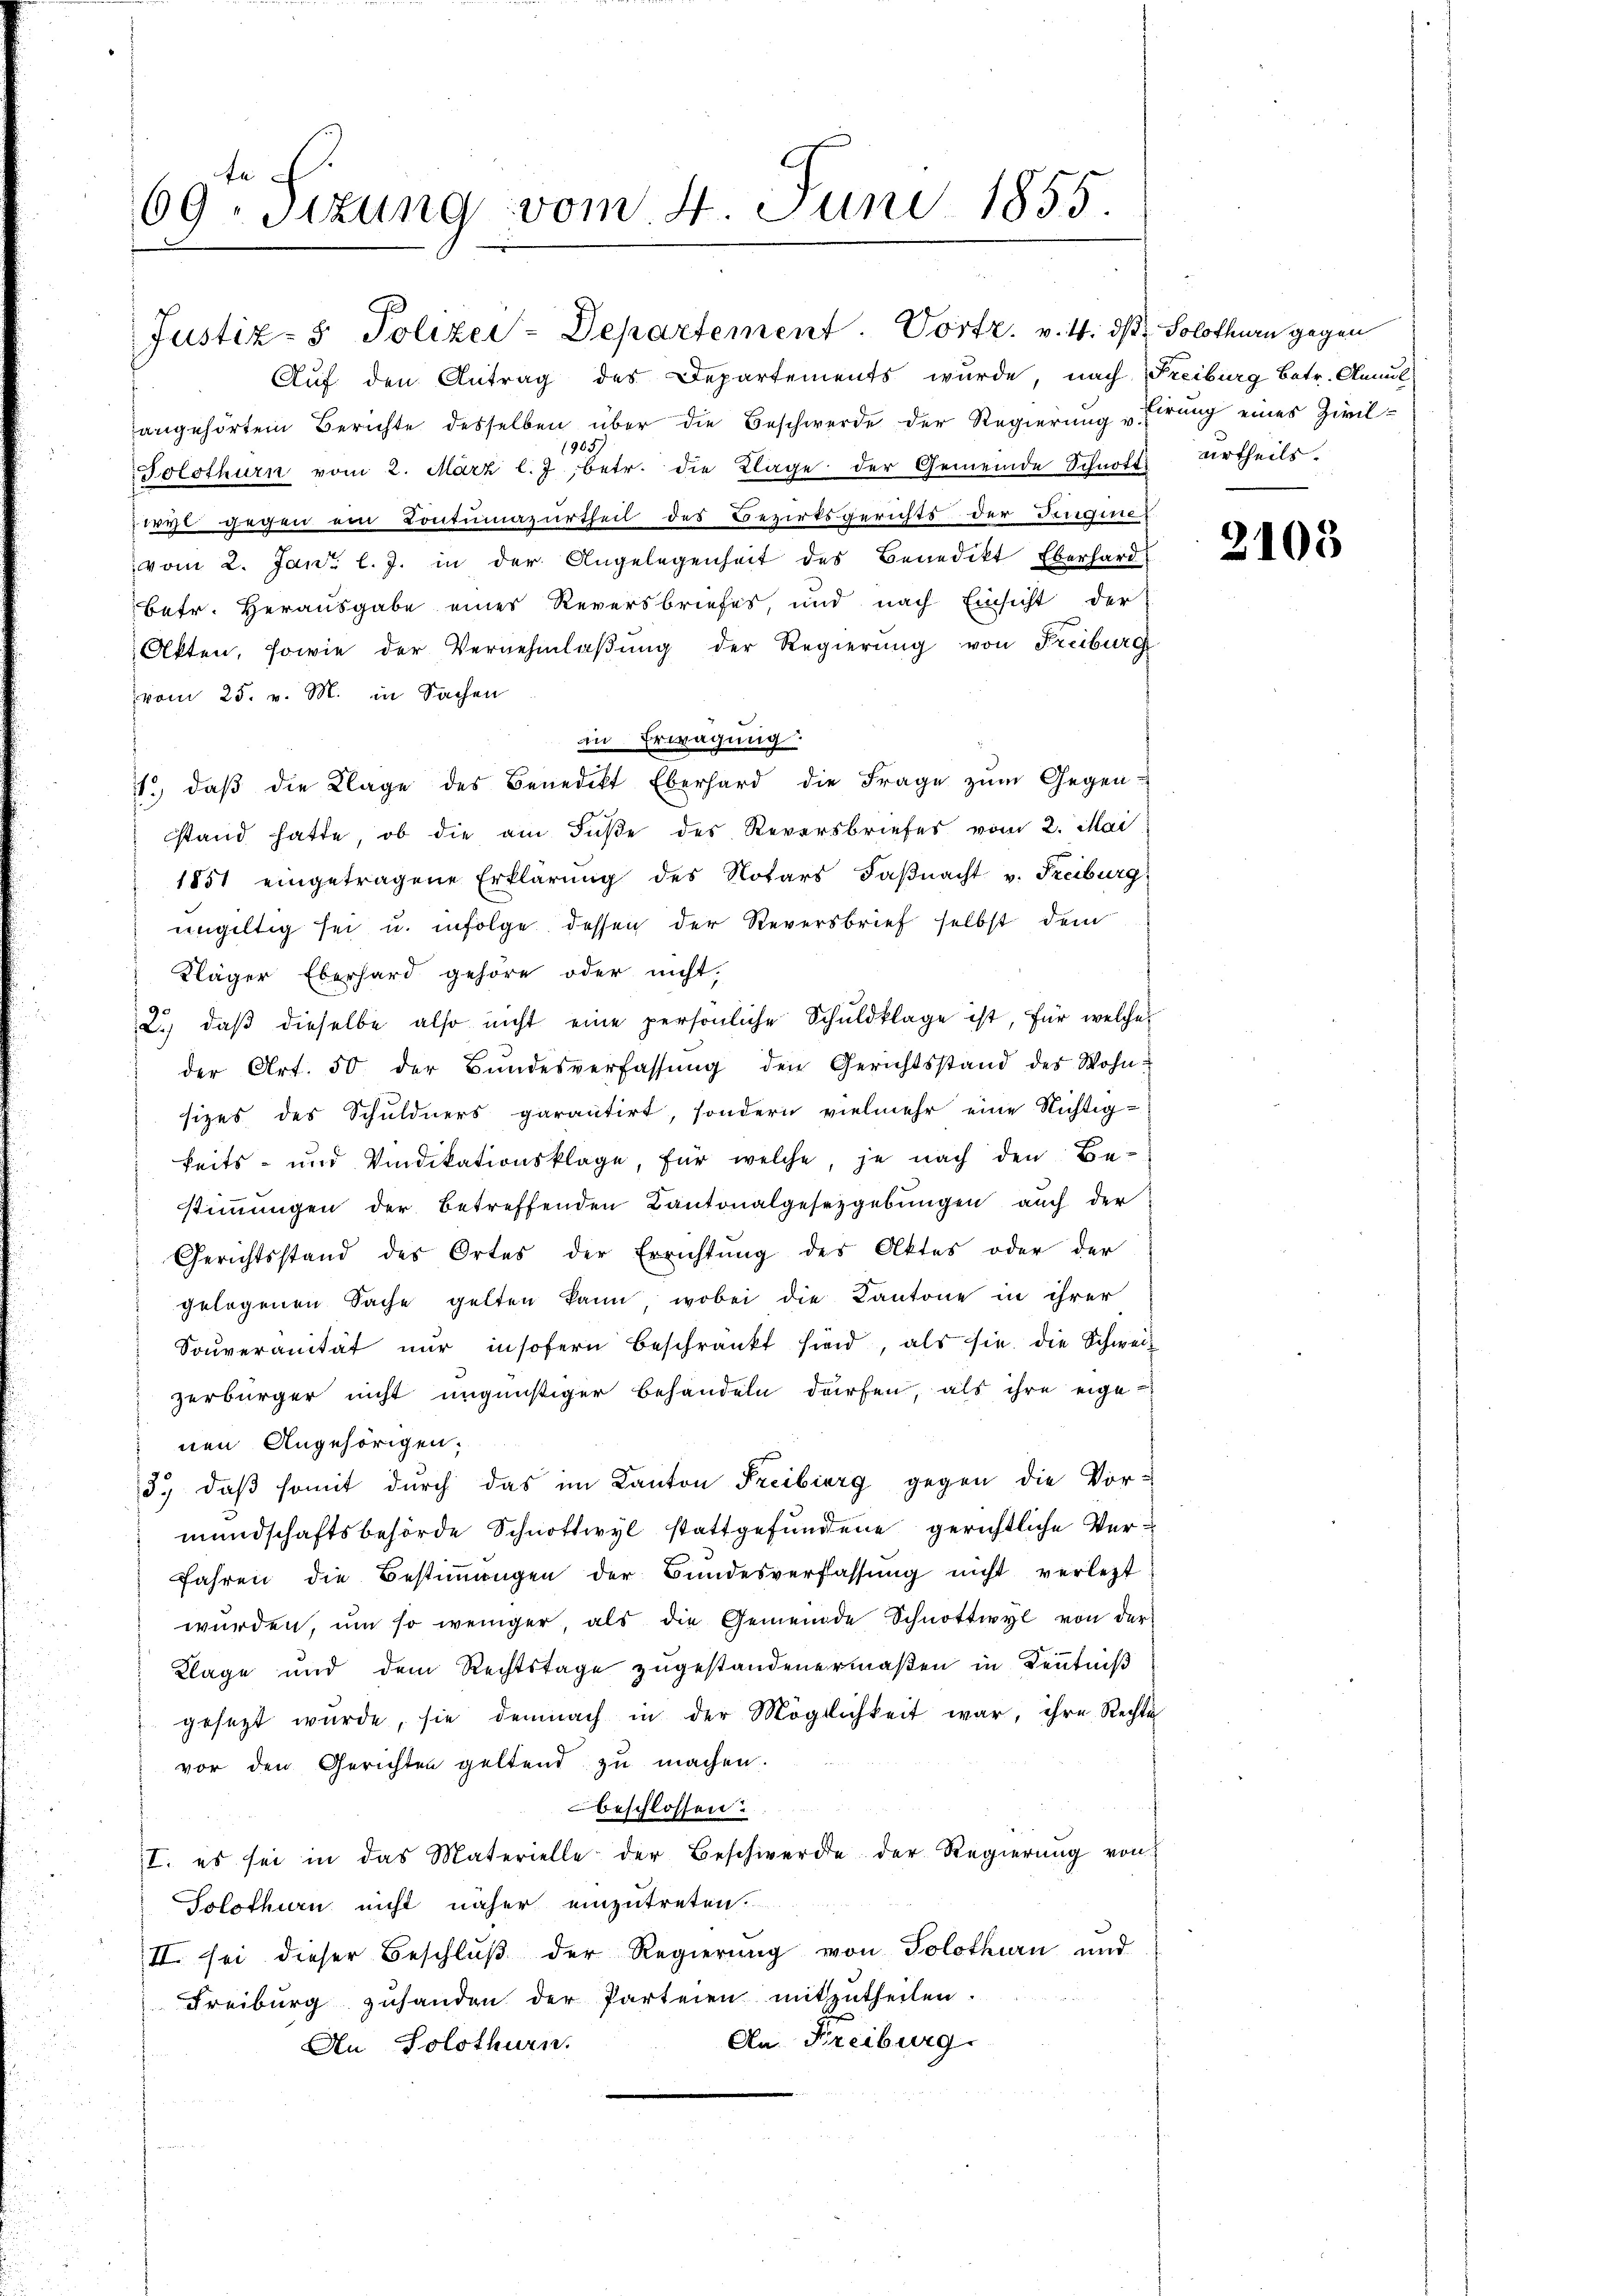
fe
69. Sizung vom 4. Juni 1855.

Justiz- & Polizei-Departement. Vortr. v. 4. ds. Solothurn gegen
Auf den Antrag des Departements wurde, nach Freiburg betr. Annul
angehörtem Berichte desselben über die Beschwerde der Regierung "Eirung eines Zivil¬
1905
Solothurn vom 2. März l. J. betr. die Klage der Gemeinde Schnott Urtheils-
irgt gegen ein Contumazurtheil des Bezirksgerichts der Sengier
vom 2. Jan. l. J. in der Angelegenheit des Benedikt Eberhard
betr. Herausgabe eines Reversbriefes, und nach Einsicht der
Akten, sowie der Vernehmlaßung der Regierung von Freiburg
vom 25. v. M. in Sachen
in Erwägung.
1.) daß die Klage des Benedikt Eberhard die Frage zum Gegen-
stand hatte, ob die am Fuße des Reversbriefes vom 2. Mai
1851 eingetragene Erklärung des Notars Faßnacht v. Freiburg
ungültig sei u. infolge dessen der Reversbrief selbst dem
Kläger Eberhard gehöre oder nicht.
2. daβ dieselbe also nicht eine persönliche Schuldklage ist, für welche
der Art. 50 der Bŭndesverfassŭng den Gerichtsstand des Wohnsizes des Schuldners garantirt, sondern vielmehr eine Nichtig-
keits- und Vindikationsklage, für welche, je nach den Bestiṁŭngen der betreffenden Kantonalgesetzgebŭngen auch der
Gerichtsstand des Ortes der Errichtung des Aktes oder der
gelogenen Sache gelten kann, wobei die Kantone in ihrer
Soŭveranität nŭr insofern beschränkt sind, als sie die Schweiz
zerbürger nicht ungünstiger Behandeln dürfen, als ihre eigenen Angehörigen;
3., daß somit durch das im Kanton Freiberg gegen die Vor-
mundschaftsbehörde Schnottwyl stattgefundene gerichtliche Verfahren die Bestimmungen der Bundesverfassŭng nicht verletzt-
wurden, um so weniger, als die Gemeinde Schnottwyl von der
Klage und dem Rechtstage zugestandenermaßen in Kenntniß
gesetzt würde, sie demnach in der Möglichkeit war, ihre Rechte
vor den Gerichten geltend zu machen.
beschlossen.
I. es sei in das Materielle der Beschwerde der Regierŭng von
Solothurn nicht näher einzutreten.
II. Sei dieser Beschlŭβ der Regierŭng von Solothurn und
Freiburg zuhanden der Parteien mitzŭtheilen.
An Freiburg
An Solothurn.

2103